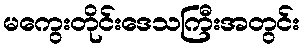
မကွေးတိုင်းဒေသကြီးအတွင်း